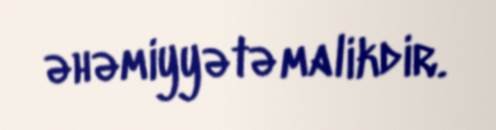
əhəmiyyətə malikdir.